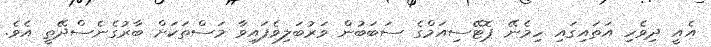
އެއީ ދިވެހި އަތައިގައި ހިމެނޭ ޕޮޓޭސިއަމްގެ ސަބަބުން ވަރުބަލިވެފައިވާ މަސްތަކަށް ބާރުގެނެސްދޭތީ އެވެ.